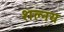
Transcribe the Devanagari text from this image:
शल्नय